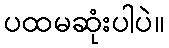
ပထမဆုံးပါပဲ။